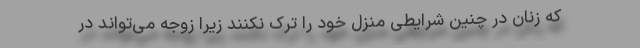
که زنان در چنین شرایطی منزل خود را ترک نکنند زیرا زوجه می‌تواند در